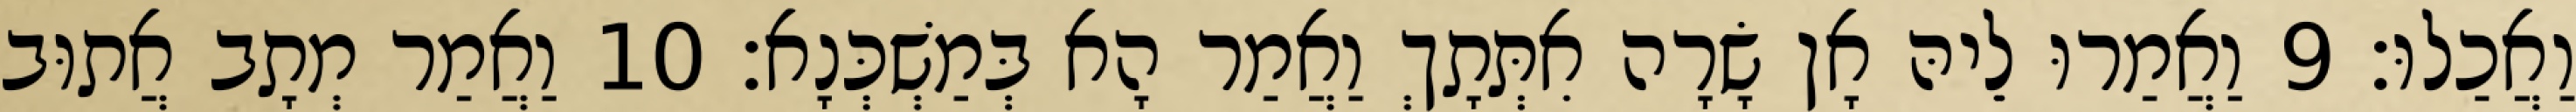
וַאֲכַלוּ׃ 9 וַאֲמַרוּ לֵיהּ אָן שָׂרָה אִתְּתָךְ וַאֲמַר הָא בְּמַשְׁכְּנָא׃ 10 וַאֲמַר מְתָב אֲתוּב